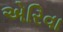
એરિવા